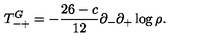
T _ { - + } ^ { G } = - \frac { 2 6 - c } { 1 2 } \partial _ { - } \partial _ { + } \log \rho .